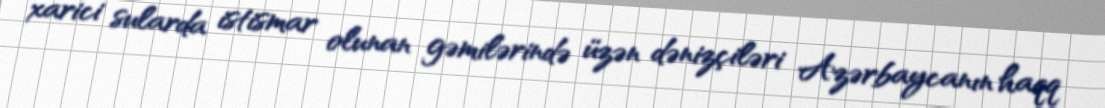
xarici sularda istismar olunan gəmilərində üzən dənizçiləri Azərbaycanın haqq